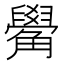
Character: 觷